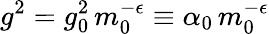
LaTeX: g^{2}=g_{0}^{2}\, m_{0}^{-\epsilon}\equiv\alpha_{0}\, m_{0}^{-\epsilon}